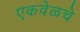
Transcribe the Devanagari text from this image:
एकवेळचे